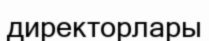
директорлары